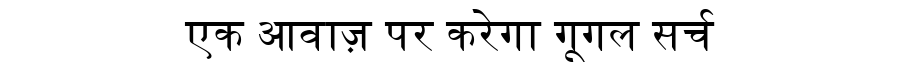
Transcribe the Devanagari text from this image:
एक आवाज़ पर करेगा गूगल सर्च